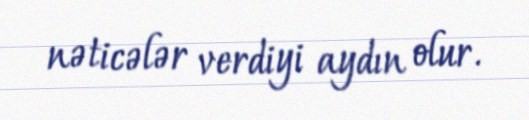
nəticələr verdiyi aydın olur.